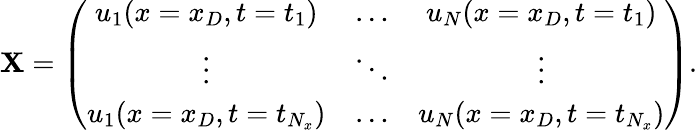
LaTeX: \mathbf{X}=\left(\begin{array}{ccc}{u_{1}(x=x_{D},t=t_{1})}&{\dots}&{u_{N}(x=x_{D},t=t_{1})}\\ {\vdots}&{\ddots}&{\vdots}\\ {u_{1}(x=x_{D},t=t_{N_{x}})}&{\dots}&{u_{N}(x=x_{D},t=t_{N_{x}})}\end{array}\right).